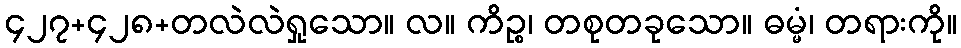
၄၂၇+၄၂၈+တလဲလဲရှုသော။ လ။ ကိဉ္စ၊ တစုတခုသော။ ဓမ္မံ၊ တရားကို။